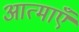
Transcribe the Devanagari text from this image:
आत्‍माएँ